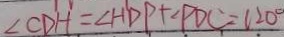
\angle C D H = \angle H D P + \angle P D C = 1 2 0 ^ { \circ }